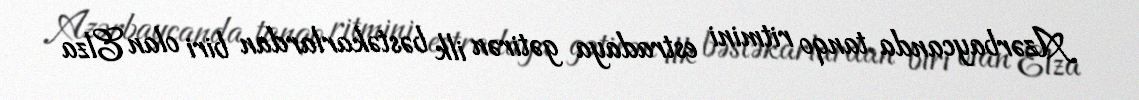
Azərbaycanda tanqo ritmini estradaya gətirən ilk bəstəkarlardan biri olan Elza